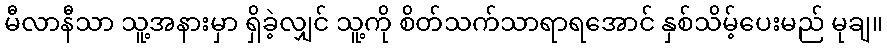
မီလာနီသာ သူ့အနားမှာ ရှိခဲ့လျှင် သူ့ကို စိတ်သက်သာရာရအောင် နှစ်သိမ့်ပေးမည် မုချ။